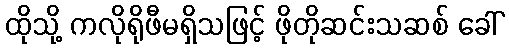
ထိုသို့ ကလိုရိုဖီမရှိသဖြင့် ဖိုတိုဆင်းသဆစ် ခေါ်